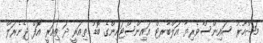
މަޝްހޫރު ސައިންސްވެރިޔާ އަލްބާރޓް އައިންސްޓައިންގެ ބޮޑު ތިއަރީ ދަ ތިއަރީ އޮފް ޖެނެރަލް